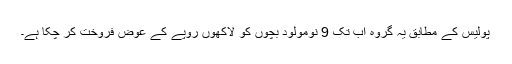
پولیس کے مطابق یہ گروہ اب تک 9 نومولود بچوں کو لاکھوں روپے کے عوض فروخت کر چکا ہے۔